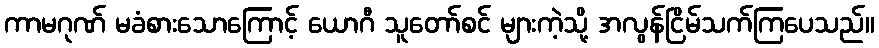
ကာမဂုဏ် မခံစားသောကြောင့် ယောဂီ သူတော်စင် များကဲ့သို့ အလွန်ငြိမ်သက်ကြပေသည်။